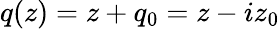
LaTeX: q(z)=z+q_{0}=z-iz_{0}